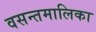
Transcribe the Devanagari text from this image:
वसन्तमालिका